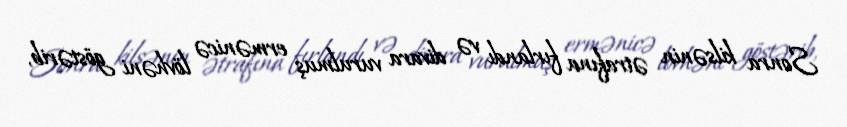
Sonra kilsənin ətrafına fırlandı və divara vurulmuş ermənicə lövhəni göstərib,